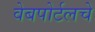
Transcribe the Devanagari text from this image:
वेबपोर्टलचे